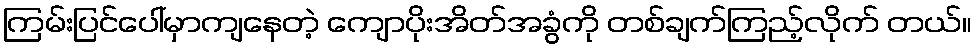
ကြမ်းပြင်ပေါ်မှာကျနေတဲ့ ကျောပိုးအိတ်အခွံကို တစ်ချက်ကြည့်လိုက် တယ်။